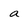
Character: a